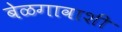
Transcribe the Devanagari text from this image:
बेळगावाशी